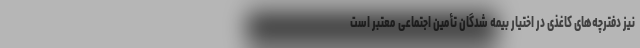
نیز دفترچه‌های کاغذی در اختیار بیمه شدگان تأمین اجتماعی معتبر است